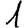
Digit: 1